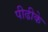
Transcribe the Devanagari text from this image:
पीढीके